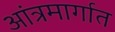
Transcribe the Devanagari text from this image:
आंत्रमार्गात